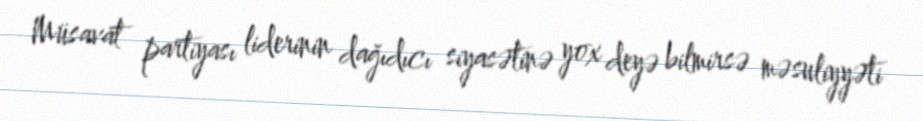
Müsavat partiyası liderinin dağıdıcı siyasətinə yox deyə bilmirsə məsuliyyəti